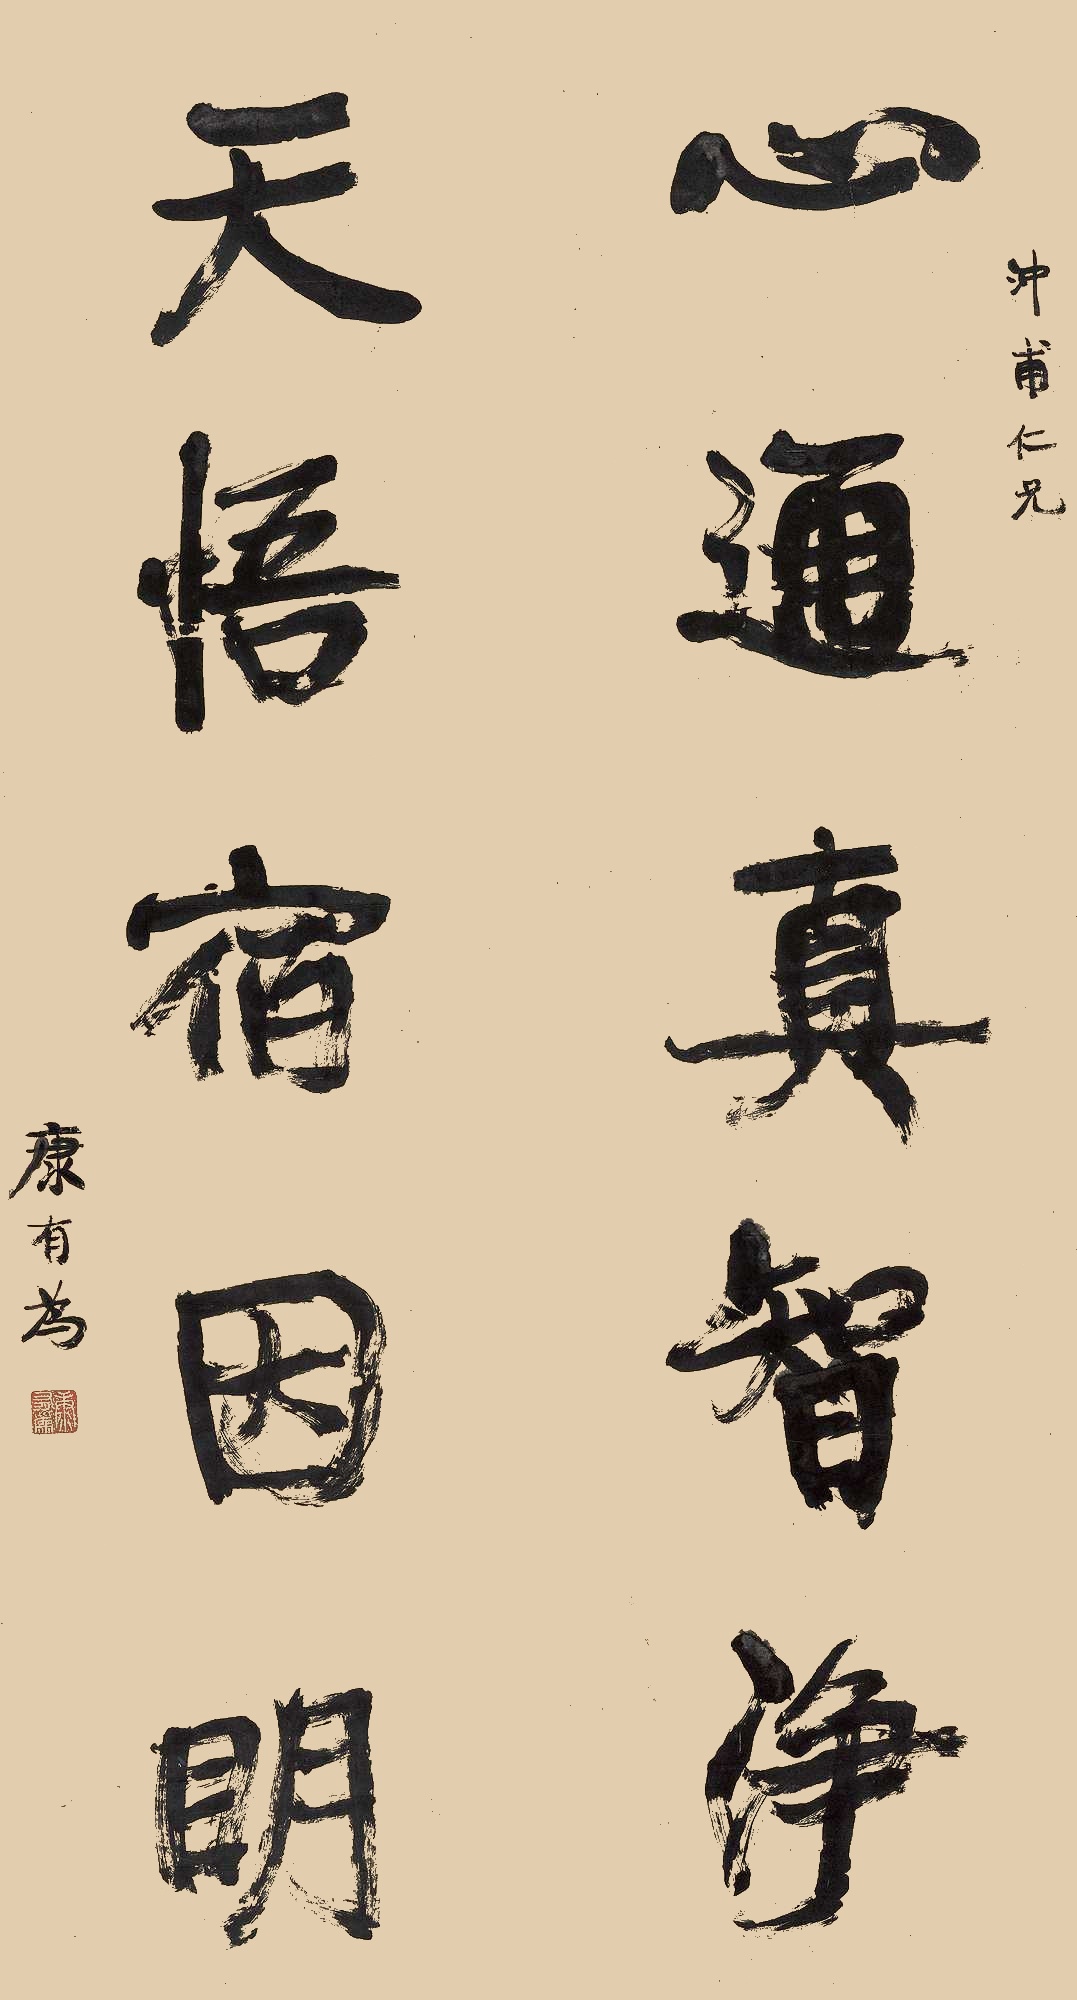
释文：心通真智净，天悟宿因明。冲甫仁兄，康有为。